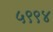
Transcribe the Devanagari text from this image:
५९९४